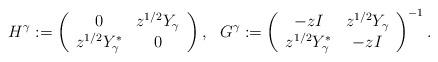
LaTeX: \begin{align*} H^{\gamma} := \left( {\begin{array}{*{20}c} { 0 } & z^{1/2}Y_{\gamma} \\ z^{1/2}Y^{*}_{\gamma} & {0} \\ \end{array}} \right), \ \ G^\gamma:= \left( {\begin{array}{*{20}c} { -zI} & z^{1/2}Y_{\gamma} \\ {z^{1/2}Y^*_{\gamma}} & { - zI} \\\end{array}} \right)^{-1}. \end{align*}